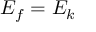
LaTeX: E _ { f } = E _ { k }